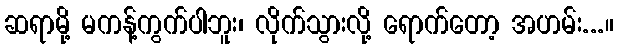
ဆရာမို့ မကန့်ကွက်ပါဘူး၊ လိုက်သွားလို့ ရောက်တော့ အဟမ်း...။